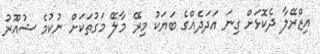
އިޒްރޭލާ ދެކޮޅަށް ގިނަ އަދަދެއްގެ ބަޔަކު މިރޭ މާލޭ މަގުތަކަށް ނުކުމެ ޝުއޫރު